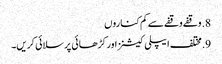
8. وقفے وقفے سے کم کناروں
9. مختلف ایپلی کیشنز اور کڑھائی پر سلائی کریں۔